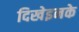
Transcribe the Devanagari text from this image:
दिखेइनके